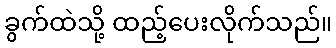
ခွက်ထဲသို့ ထည့်ပေးလိုက်သည်။